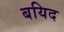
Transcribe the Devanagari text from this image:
बयिद